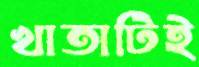
খাতাটিই